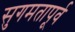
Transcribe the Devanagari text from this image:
सुगमतापूर्व